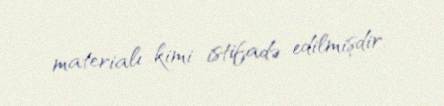
materialı kimi istifadə edilmişdir.